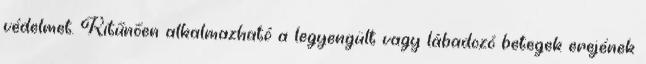
védelmet. Kitűnően alkalmazható a legyengült vagy lábadozó betegek erejének